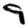
Digit: 9